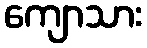
ကျောသား